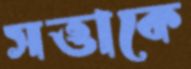
সত্তাকে